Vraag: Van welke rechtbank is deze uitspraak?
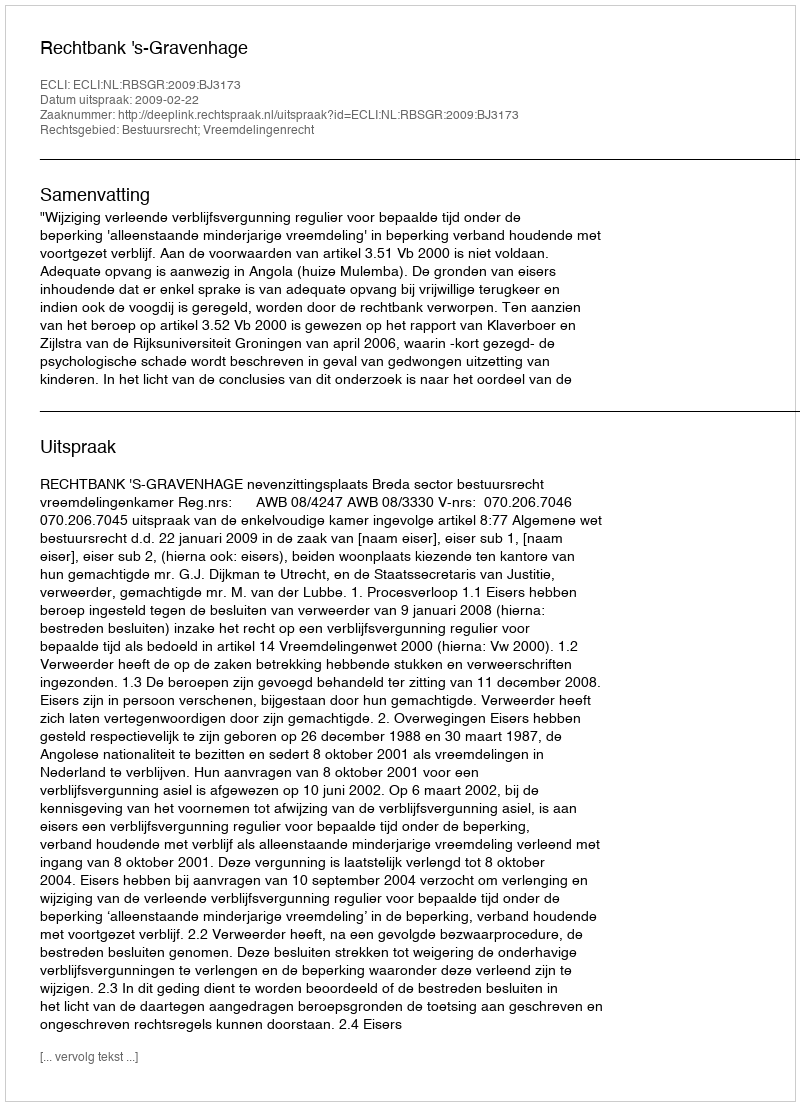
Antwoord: Rechtbank 's-Gravenhage